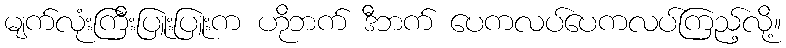
မျက်လုံးကြီးပြူးပြူးက ဟိုဘက် ဒီဘက် ပေကလပ်ပေကလပ်ကြည့်လို့။